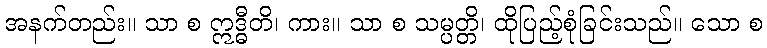
အနက်တည်း။ သာ စ ဣဒ္ဓီတိ၊ ကား။ သာ စ သမ္ပတ္တိ၊ ထိုပြည့်စုံခြင်းသည်။ သော စ